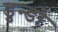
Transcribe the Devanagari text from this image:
डुन्डो